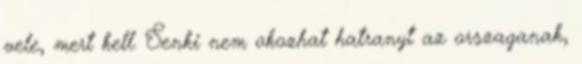
vele, mert kell. Senki nem okozhat hatranyt az orszaganak,